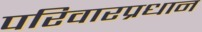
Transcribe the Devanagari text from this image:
परिवारप्रधान